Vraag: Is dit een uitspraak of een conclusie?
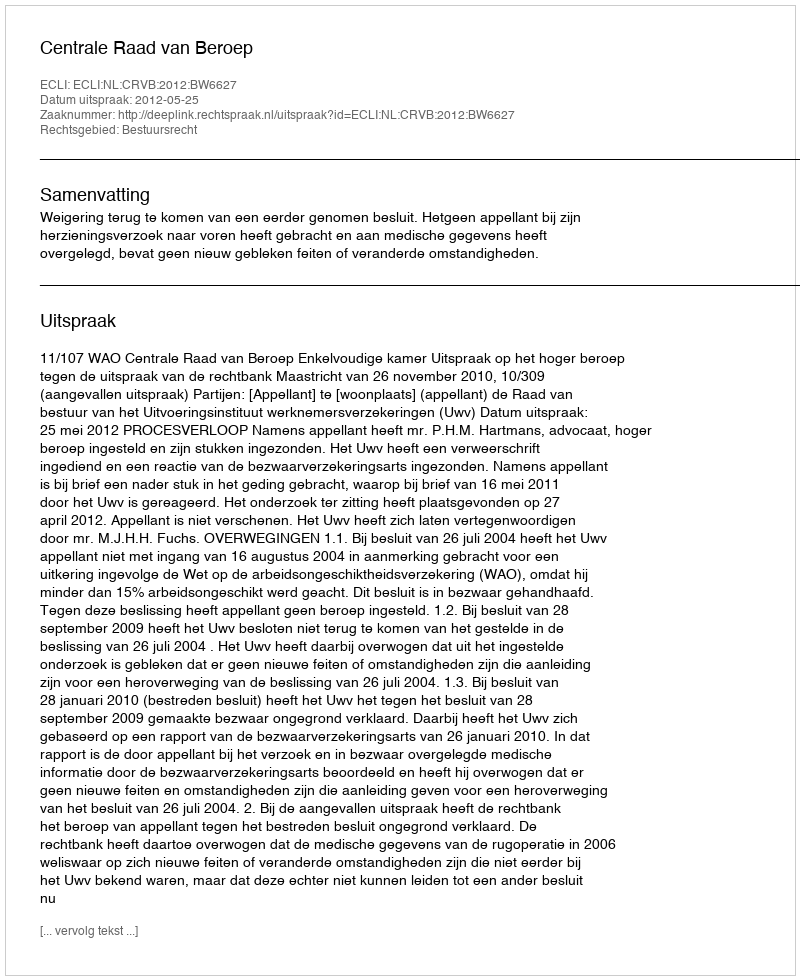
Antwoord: Uitspraak